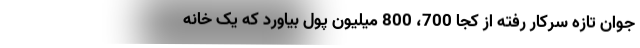
جوان تازه سرکار رفته از کجا 700، 800 میلیون پول بیاورد که یک خانه